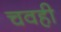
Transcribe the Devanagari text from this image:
चवही